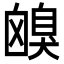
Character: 𦤟